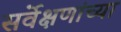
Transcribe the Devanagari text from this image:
सर्वेक्षणांच्या